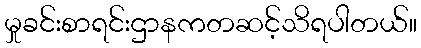
မှုခင်းစာရင်းဌာနကတဆင့်သိရပါတယ်။